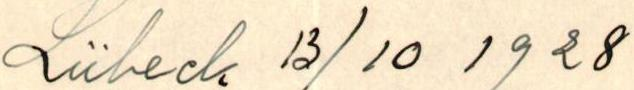
Lübeck 13/10 1928